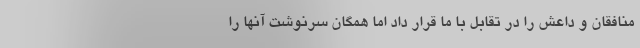
منافقان و داعش را در تقابل با ما قرار داد اما همگان سرنوشت آنها را